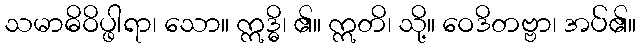
သမာဓိဝိပ္ဖါရာ၊ သော။ ဣဒ္ဓိ၊ ၏။ ဣတိ၊ သို့။ ဝေဒိတဗ္ဗာ၊ အပ်၏။